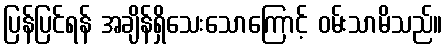
ပြန်ပြင်ရန် အချိန်ရှိသေးသောကြောင့် ဝမ်းသာမိသည်။